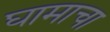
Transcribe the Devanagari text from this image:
घामाचा